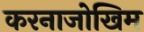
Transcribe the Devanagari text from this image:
करनाजोखिम